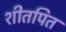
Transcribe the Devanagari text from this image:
शीतपित